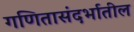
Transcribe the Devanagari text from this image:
गणितासंदर्भातील